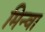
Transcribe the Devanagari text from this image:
मिन्वा